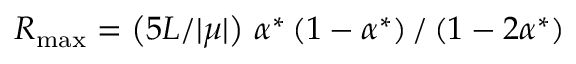
R _ { \mathrm { m a x } } = \left( 5 L / | \mu | \right) \, \alpha ^ { * } \left( 1 - \alpha ^ { * } \right) / \left( 1 - 2 \alpha ^ { * } \right)